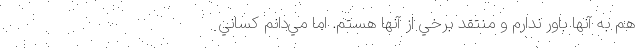
هم به آنها باور ندارم و منتقد برخي از آنها هستم. اما مي‌دانم كساني